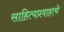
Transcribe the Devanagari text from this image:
साहित्यप्रवाहाचे